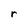
Character: r